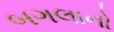
બગલાનો